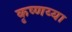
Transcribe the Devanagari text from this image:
कृष्णय्या